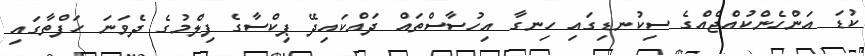
ކުޑަ އަންހެންކުއްޖެއްގެ ސިކުނޑިގައި ހިނގާ އިހުސާސްތައް ދައްކައިދޭ ޕިކްސާގެ ފިލްމުގެ ދެވަނަ ހަފްތާގައި